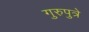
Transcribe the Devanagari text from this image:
गुरुपुत्रे